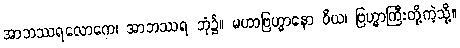
အာဘဿရလောကေ၊ အာဘဿရ ဘုံ၌။ မဟာဗြဟ္မာနော ဝိယ၊ ဗြဟ္မာကြီးတို့ကဲ့သို့။